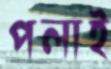
পলাই